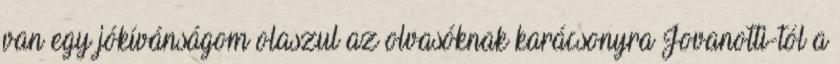
van egy jókívánságom olaszul az olvasóknak karácsonyra Jovanotti-tól a